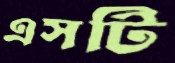
এসটি